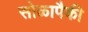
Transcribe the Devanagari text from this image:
सोळापैकी